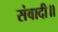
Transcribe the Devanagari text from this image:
संवादी॥